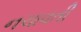
નચાવતી